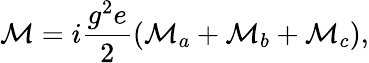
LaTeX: {\cal M}=i\frac{g^{2}e}{2}\left({\cal M}_{a}+{\cal M}_{b}+{\cal M}_{c}\right),